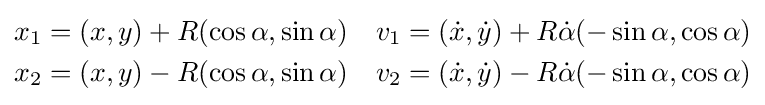
{\begin{aligned}x_{1}&=(x,y)+R(\cos \alpha ,\sin \alpha )&v_{1}&=\left({\dot {x}},{\dot {y}}\right)+R{\dot {\alpha }}(-\sin \alpha ,\cos \alpha )\\x_{2}&=(x,y)-R(\cos \alpha ,\sin \alpha )&v_{2}&=\left({\dot {x}},{\dot {y}}\right)-R{\dot {\alpha }}(-\sin \alpha ,\cos \alpha )\end{aligned}}